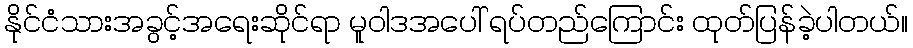
နိုင်ငံသားအခွင့်အရေးဆိုင်ရာ မူဝါဒအပေါ် ရပ်တည်ကြောင်း ထုတ်ပြန်ခဲ့ပါတယ်။